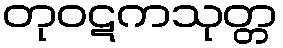
တုဝဋကသုတ္တ